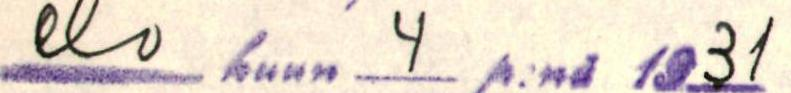
elo kuun 4 p:nä 1931